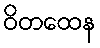
ဝိတထေန